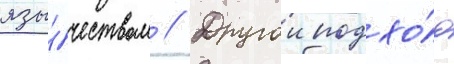
язы́чеством // Другои подхо́д